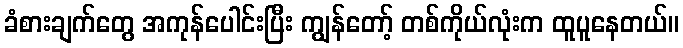
ခံစားချက်တွေ အကုန်ပေါင်းပြီး ကျွန်တော့် တစ်ကိုယ်လုံးက ထူပူနေတယ်။